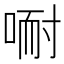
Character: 𱓗